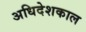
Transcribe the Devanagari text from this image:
अधिदेशकाल